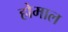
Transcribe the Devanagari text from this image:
होमाल